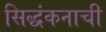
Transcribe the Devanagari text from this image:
सिद्धंकनाची